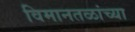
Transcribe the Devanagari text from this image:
विमानतळांच्या